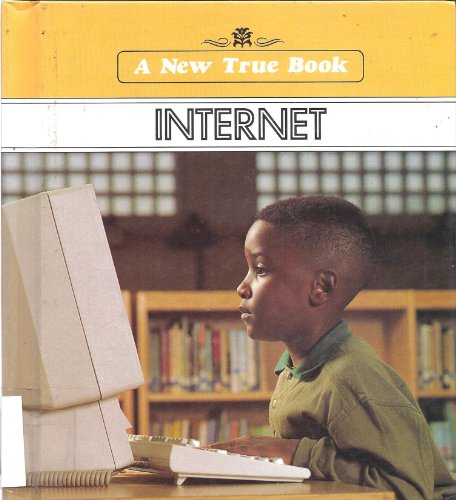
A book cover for Internet (New True Book); Lora Koehler; Children's Books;